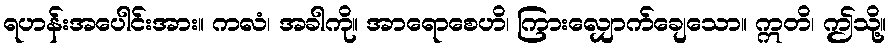
ရဟန်းအပေါင်းအား။ ကလံ၊ အခါကို။ အာရောစေဟိ၊ ကြားလျှောက်ချေသော။ ဣတိ၊ ဤသို့။